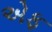
એફ